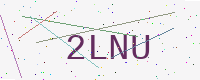
Text: 2LNU